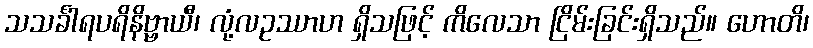
သသင်္ခါရပရိနိဗ္ဗာယီ၊ လုံ့လဥဿာဟ ရှိသဖြင့် ကိလေသာ ငြိမ်းခြင်းရှိသည်။ ဟောတိ၊